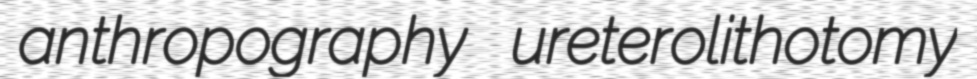
anthropography ureterolithotomy